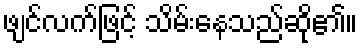
ဖျင်လက်ဖြင့် သိမ်းနေသည်ဆို၏။